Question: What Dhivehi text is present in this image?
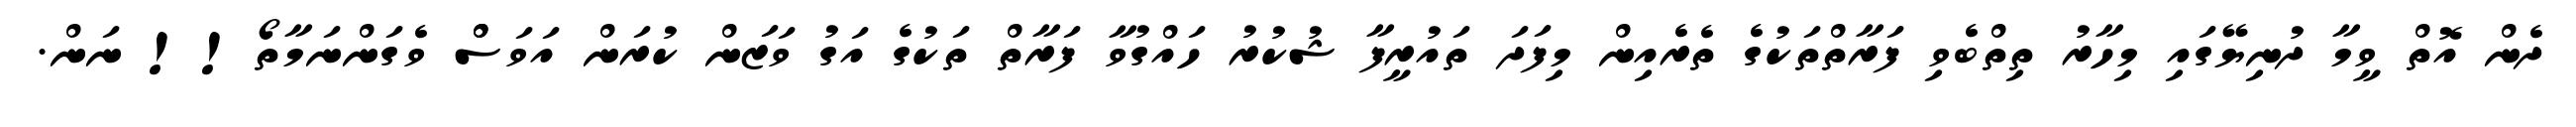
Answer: ދެން އޮތް ވީމާ ދުނިޔޭގައި މިހާރު ތިތްބެވި ފަރާތްތަކުގެ ތެރެއިން މިފަދަ ތައުރީފާ ޝުކުރު ހައްގުވާ ފަރާތް ތަކުގެ އަގު ވަޒަން ކުރަން އަވަސްް ވެގަންނަމާތޯ!! ނަން.